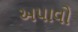
અપાવો